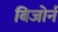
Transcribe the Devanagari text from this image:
बिजोर्न